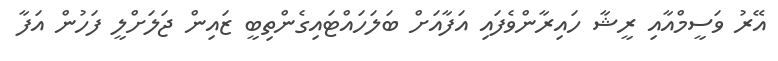
އޭރު ވަސީމްއާއި ރީޝާ ހައިރާންވެފައި އަފާއަށް ބަލަހައްޓައިގެންތިބީ ޒައިން ޖަލަށްލީ ފަހުން އަފާ